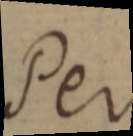
Per